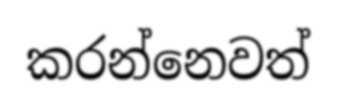
කරන්නෙවත්